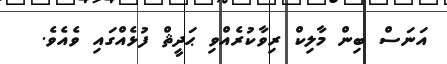
އަނަސް ބިން މާލިކް ރިވާކުރެއްވި ޙަދީޘް ފުޅެއްގައި ވެއެވެ.